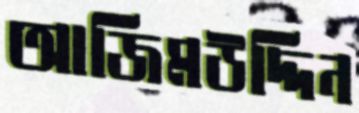
আজিমউদ্দিন